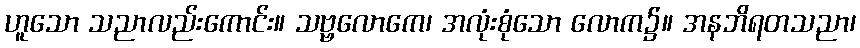
ဟူသော သညာလည်းကောင်း။ သဗ္ဗလောကေ၊ အလုံးစုံသော လောက၌။ အနဘိရတသညာ၊